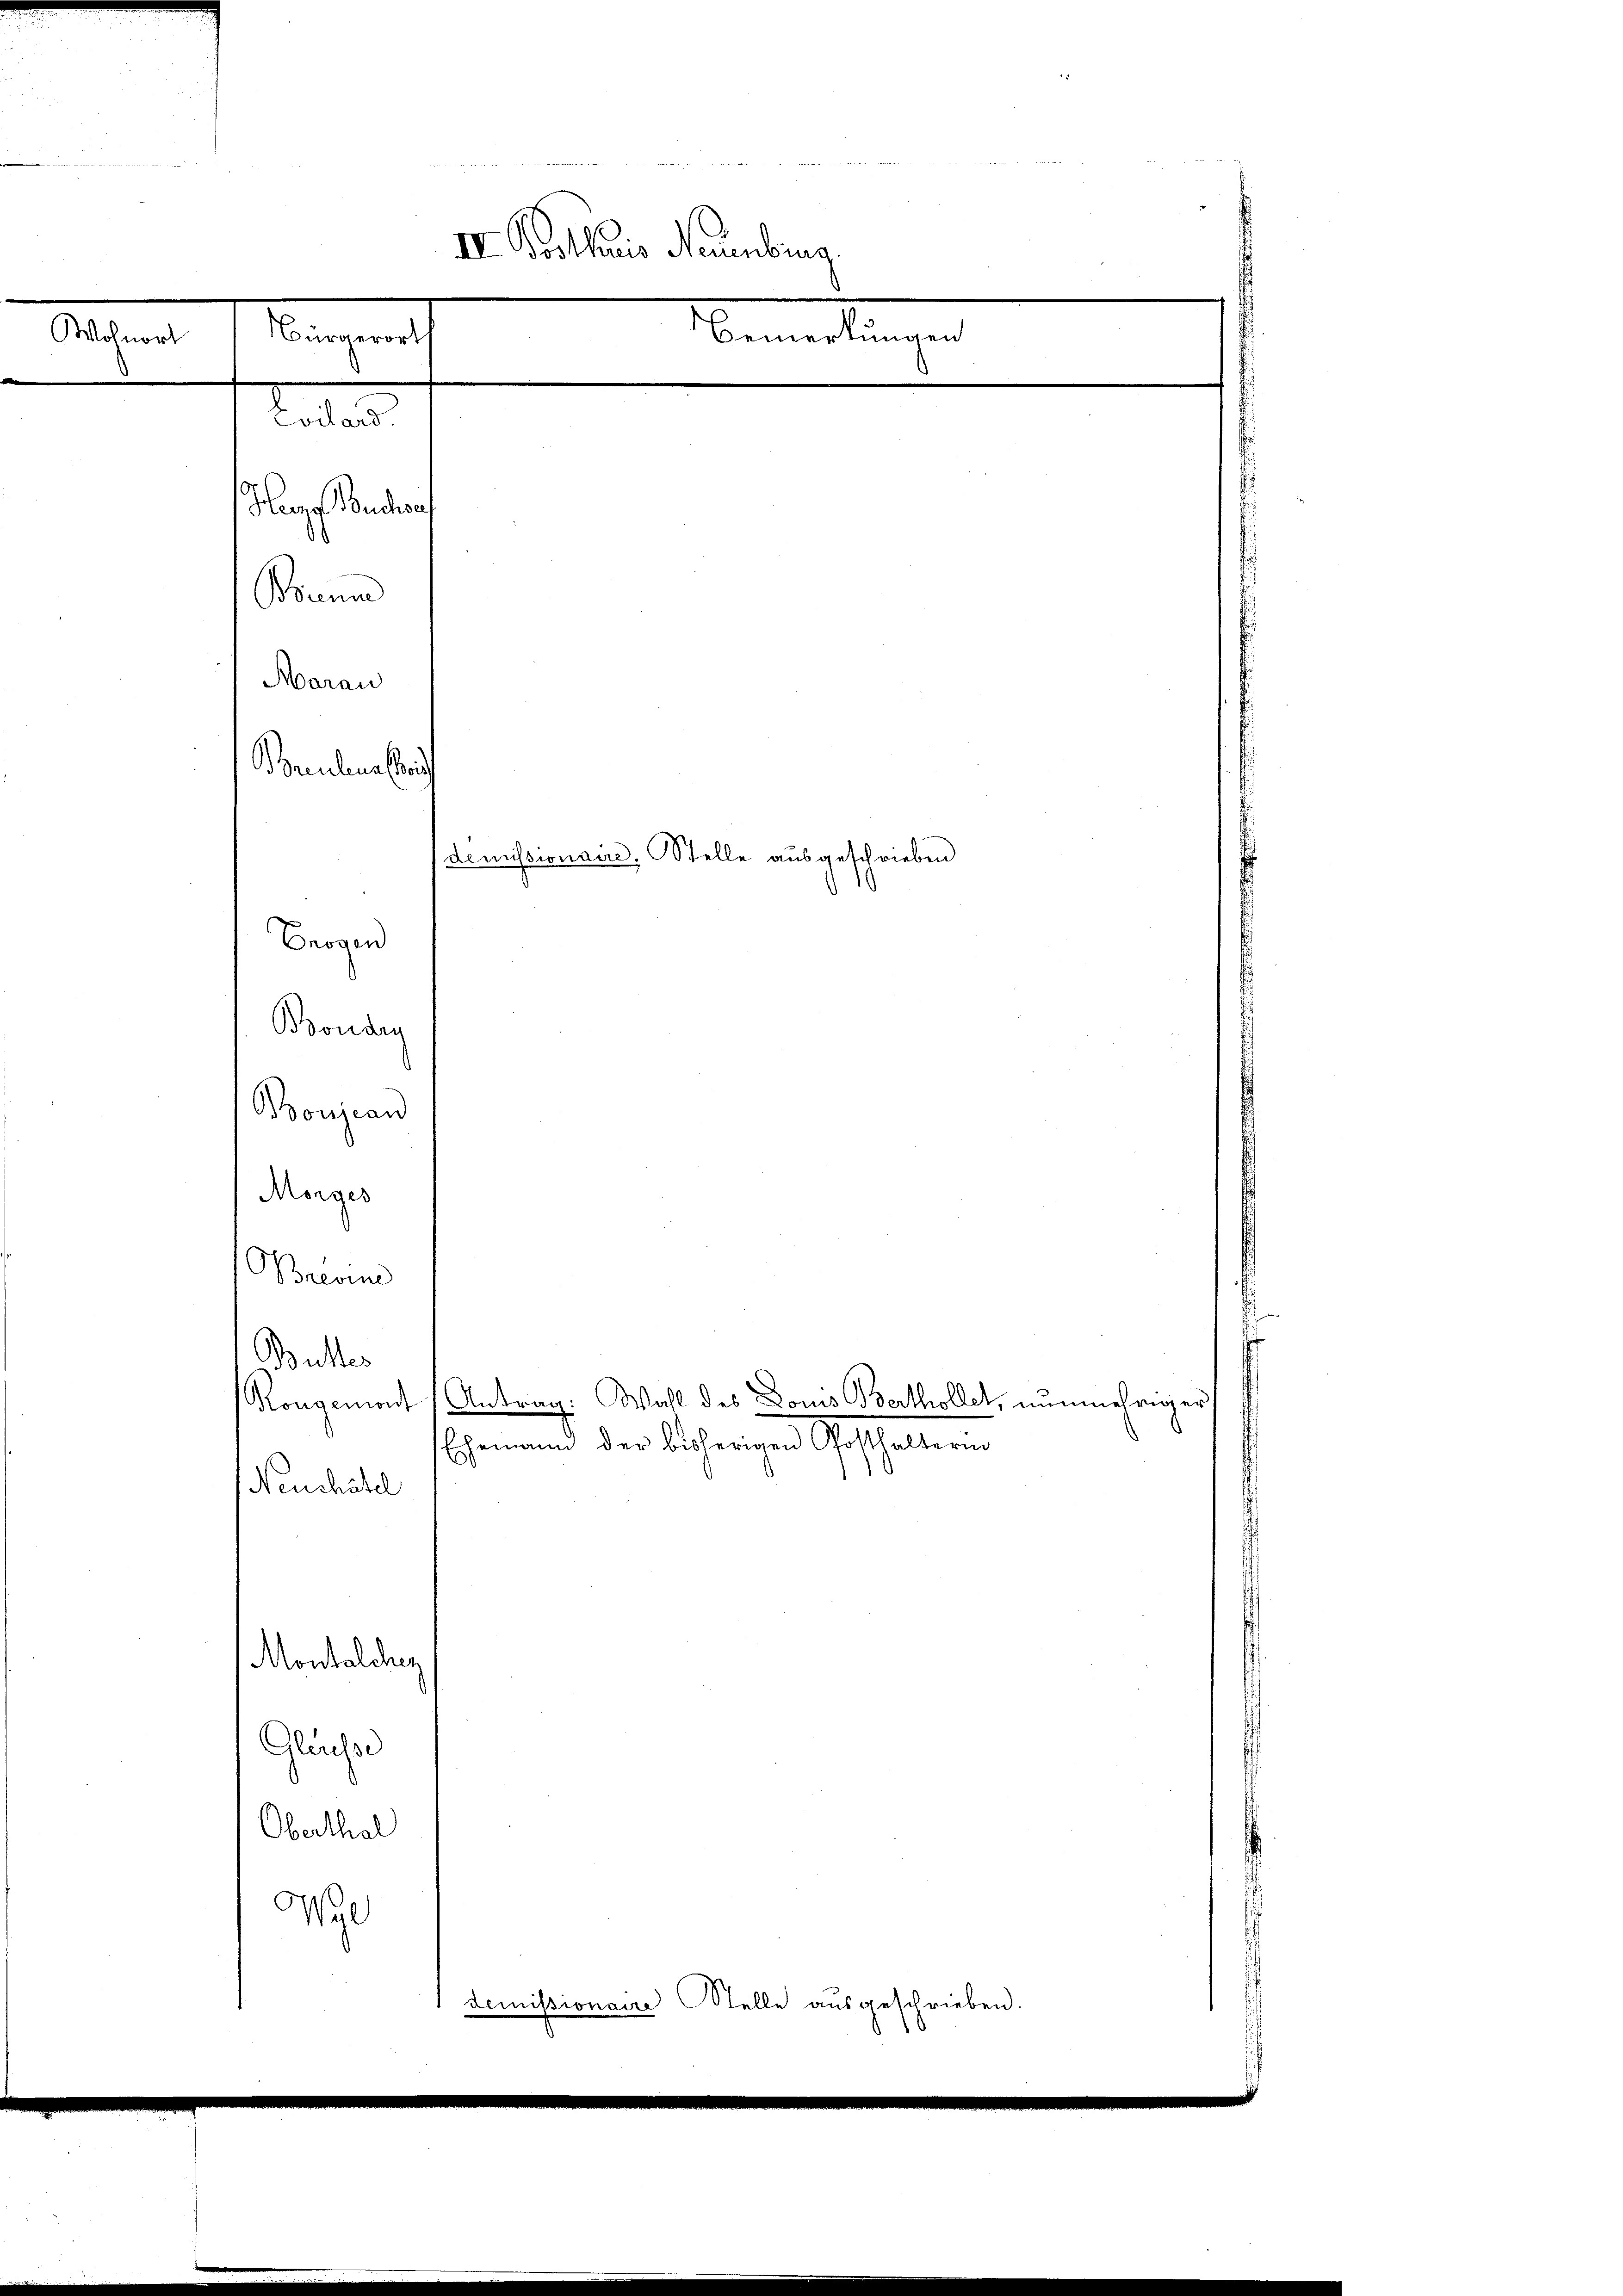
IV. Prothoris Neuenburg.
Vagant
Wohnort
Bemerkungen
tortes
Hagen Sondernf
Braun
Marau

.
d

Bauleine leich

demissionaire. Stelle aŭsgeschrieben

Erogen
Boudry
Bonjean
Morges
Breven
Butter
Neuchâtel
Montalcher
Glachse
Oberthal
Wyl
demissionaire Stelle ausgeschrieben.

Kongemont Antrag. Wahl des Louis Berthollet, nunmehriger
Ehemann der bisherigen Gasthaltern